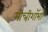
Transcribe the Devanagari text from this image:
मोन्त्रीशाॅभा